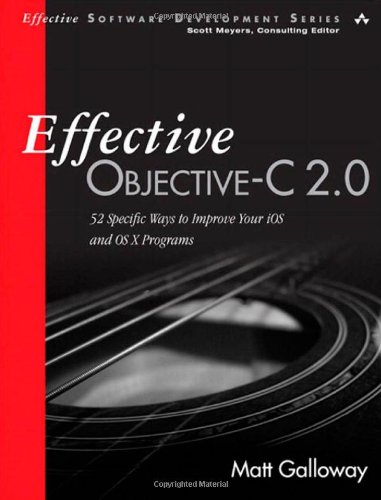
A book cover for Effective Objective-C 2.0: 52 Specific Ways to Improve Your iOS and OS X Programs (Effective Software Development Series); Matt Galloway; Computers & Technology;